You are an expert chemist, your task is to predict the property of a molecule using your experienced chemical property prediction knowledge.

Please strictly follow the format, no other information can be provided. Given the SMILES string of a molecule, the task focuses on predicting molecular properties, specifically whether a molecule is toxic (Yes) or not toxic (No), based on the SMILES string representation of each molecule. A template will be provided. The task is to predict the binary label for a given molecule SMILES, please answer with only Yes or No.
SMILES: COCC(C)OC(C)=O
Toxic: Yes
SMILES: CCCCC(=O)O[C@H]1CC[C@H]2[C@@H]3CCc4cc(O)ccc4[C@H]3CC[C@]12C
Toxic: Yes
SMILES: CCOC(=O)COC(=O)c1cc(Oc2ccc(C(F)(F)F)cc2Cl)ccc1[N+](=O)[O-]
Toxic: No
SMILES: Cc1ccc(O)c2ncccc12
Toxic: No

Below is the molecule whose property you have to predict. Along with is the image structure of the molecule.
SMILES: O=C1OC(=O)c2c(Br)c(Br)c(Br)c(Br)c21
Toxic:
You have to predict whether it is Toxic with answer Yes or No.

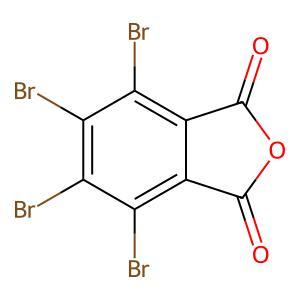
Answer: No